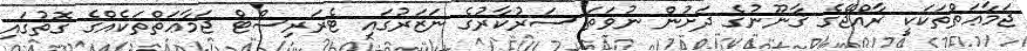
ޖަމާޢަތްތަކަކީ ރާއްޖޭގެ ޤާނޫނުގެ ދަށުން ނުވަތަ ސަރުކާރުގެ ނަޒަރުގައި ޓެރަރިސްޓް ޖަމާޢަތްތަކެއްގެ ގޮތުގައި